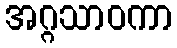
အဂ္ဂသာဝကာ